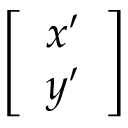
\left[ \begin{array} { l } { x ^ { \prime } } \\ { y ^ { \prime } } \end{array} \right]